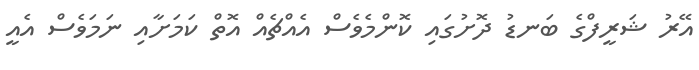
އޭރު ޝަރީފްގެ ބަނޑު ދޮށުގައި ކޮންމެވެސް އެއްޗެއް އޮތް ކަމަށާއި ނަމަވެސް އެއީ